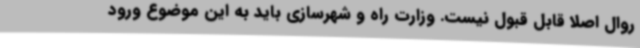
روال اصلا قابل قبول نیست. وزارت راه و شهرسازی باید به این موضوع ورود